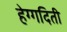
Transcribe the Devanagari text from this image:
हेग्गदिती